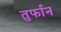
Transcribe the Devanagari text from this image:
तुर्फान